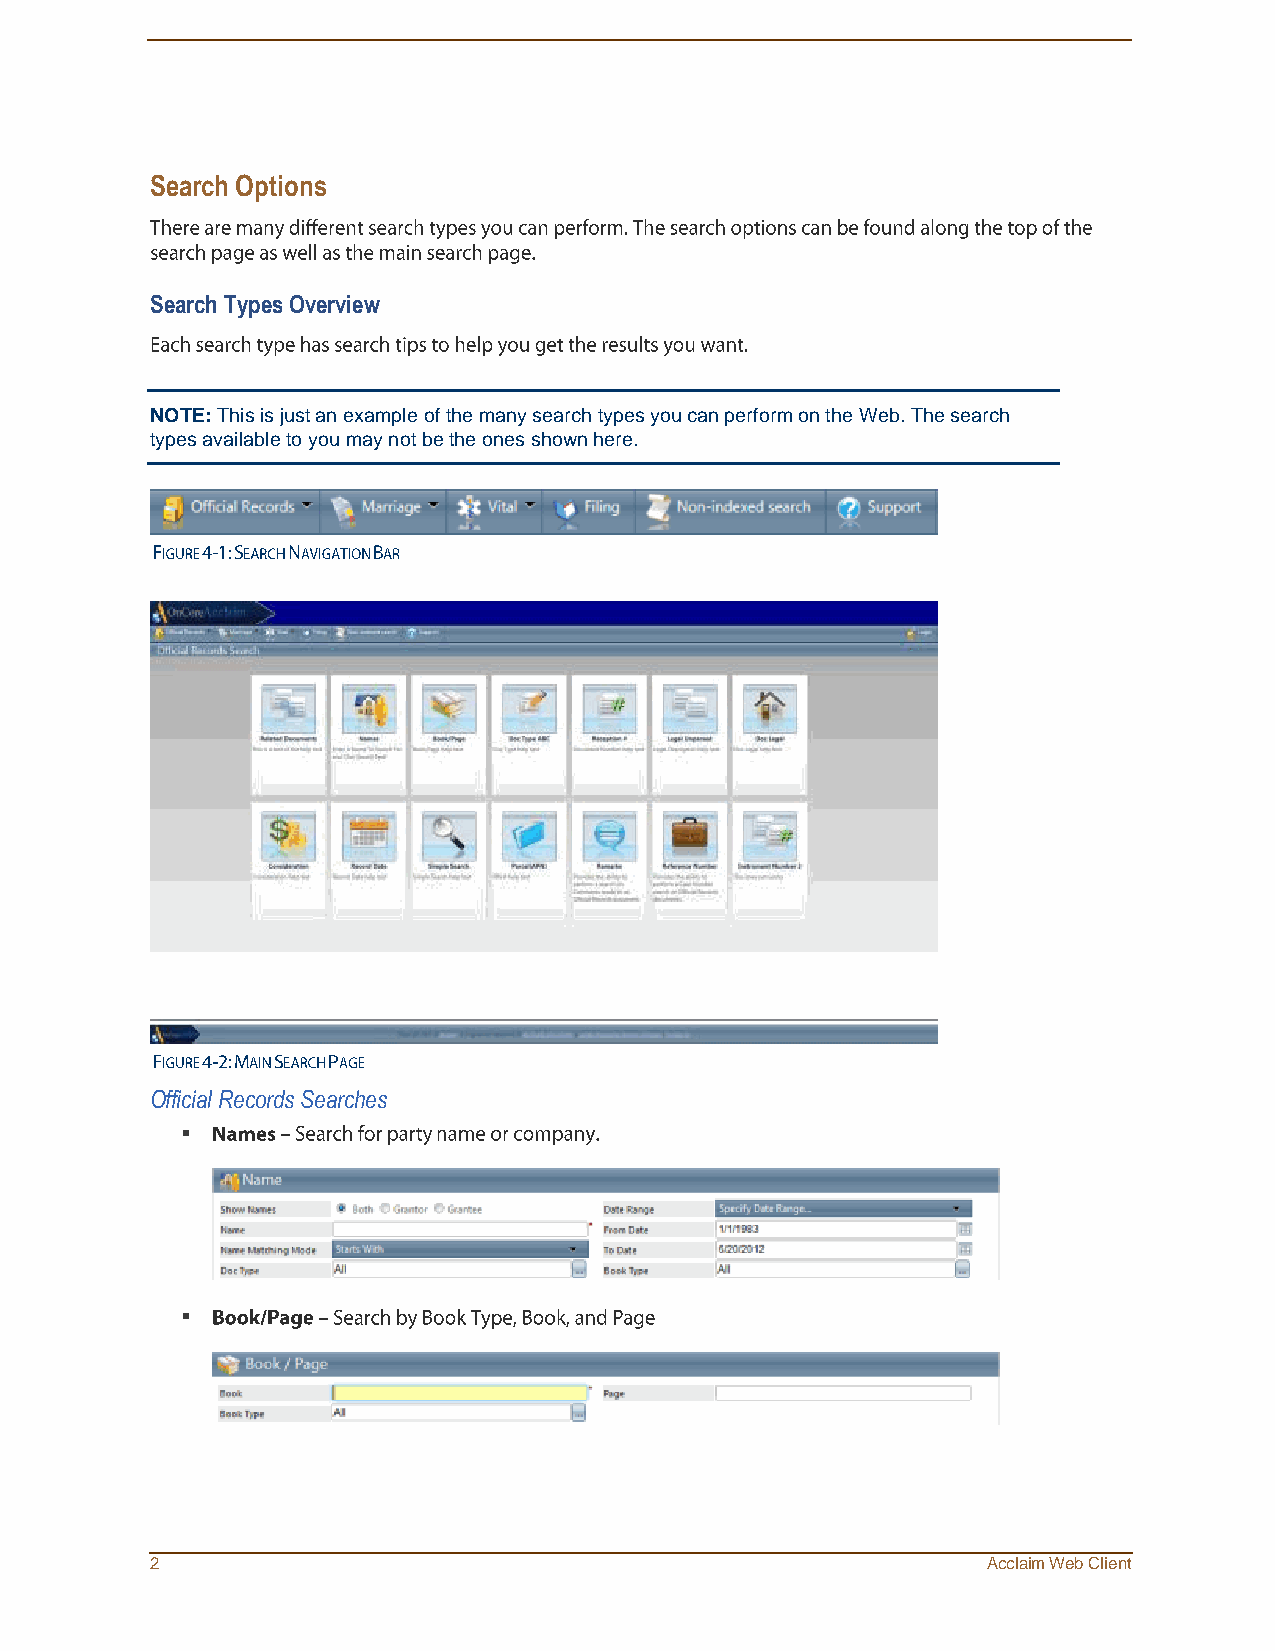
Search Options
 Search Types Overview
 NOTE: This is just an example of the many search types you can perform on the Web. The search
 types available to you may not be the ones shown here.
 Official Records Searches
 
 
 2                                                      Acclaim Web Client